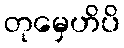
တုမှေဟိပိ